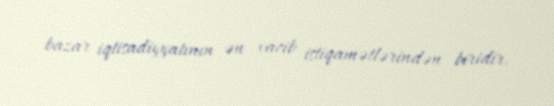
bazar iqtisadiyyatının ən vacib istiqamətlərindən biridir.